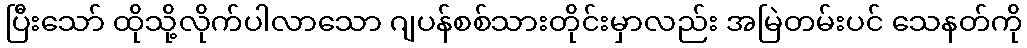
ပြီးသော် ထိုသို့လိုက်ပါလာသော ဂျပန်စစ်သားတိုင်းမှာလည်း အမြဲတမ်းပင် သေနတ်ကို